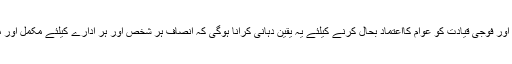
تاہم حکومت اور فوجی قیادت کو عوام کااعتماد بحال کرنے کیلئے یہ یقین دہانی کرانا ہوگی کہ انصاف ہر شخص اور ہر ادارے کیلئے مکمل اور مساوی ہوگا۔